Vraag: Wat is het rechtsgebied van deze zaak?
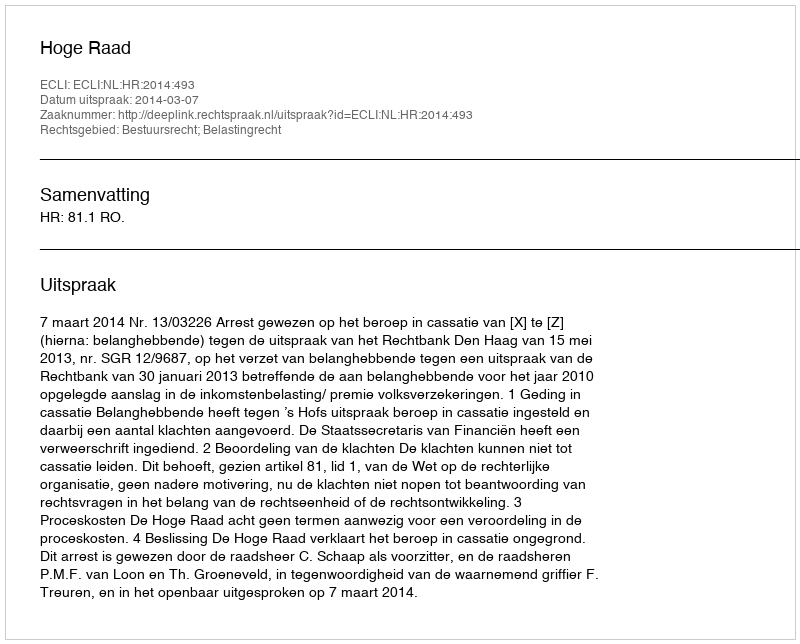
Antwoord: Bestuursrecht; Belastingrecht